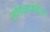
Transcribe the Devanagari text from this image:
अहिल्यादेवींना